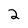
Character: 2